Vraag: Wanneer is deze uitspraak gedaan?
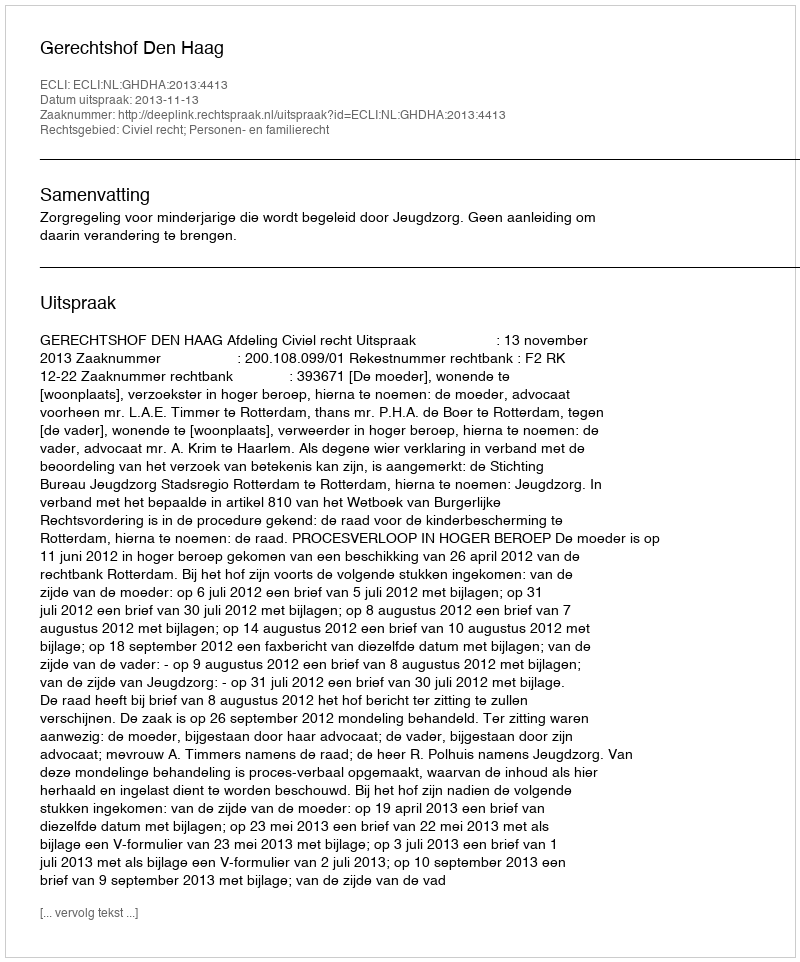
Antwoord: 2013-11-13